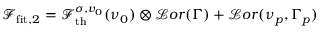
\mathcal { F } _ { \mathrm { f i t } , 2 } = \mathcal { F } _ { \mathrm { t h } } ^ { \sigma , v _ { 0 } } ( \nu _ { 0 } ) \otimes \mathcal { L } o r ( \Gamma ) + \mathcal { L } o r ( \nu _ { p } , \Gamma _ { p } )